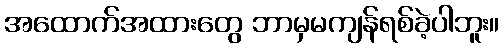
အထောက်အထားတွေ ဘာမှမကျန်ရစ်ခဲ့ပါဘူး။